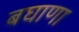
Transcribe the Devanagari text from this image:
बघाणा